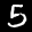
Label: 5